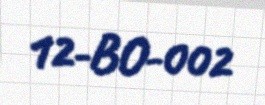
12-BO-002